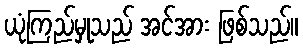
ယုံကြည်မှုသည် အင်အား ဖြစ်သည်။